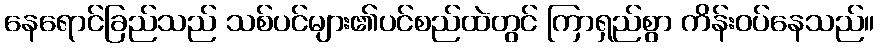
နေရောင်ခြည်သည် သစ်ပင်များ၏ပင်စည်ထဲတွင် ကြာရှည်စွာ ကိန်းဝပ်နေသည်။